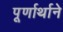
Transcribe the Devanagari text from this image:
पूर्णार्थाने